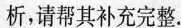
析，请帮其补充完整.